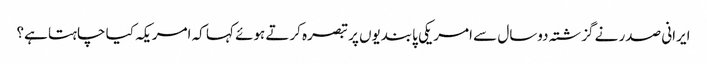
ایرانی صدر نے گزشتہ دوسال سے امریکی پابندیوں پر تبصرہ کرتے ہوئے کہا کہ امریکہ کیا چاہتا ہے؟